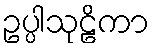
ဥပ္ပါသုဠိကာ